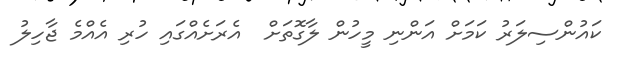
ކައުންސިލަރު ކަމަށް އަންނި މީހުން ލާގޮތަށް  އެރަށެއްގައި ހުރި އެއްމެ ޖާހިލު